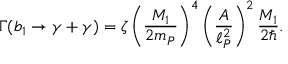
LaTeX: \Gamma ( b _ { 1 } \to \gamma + \gamma ) = \zeta \left( { \frac { M _ { 1 } } { 2 m _ { P } } } \right) ^ { 4 } \left( { \frac { A } { \ell _ { P } ^ { 2 } } } \right) ^ { 2 } { \frac { M _ { 1 } } { 2 \hbar } } .